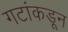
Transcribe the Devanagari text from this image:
गटांकडून